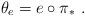
LaTeX: \begin{align*} \theta_e=e\circ \pi_*\ .\end{align*}